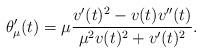
LaTeX: \begin{align*}\theta_{\mu}'(t) = \mu \dfrac{v'(t)^{2} - v(t)v''(t)}{\mu^{2} v(t)^{2} + v'(t)^{2}}.\end{align*}